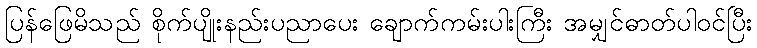
ပြန်ဖြေမိသည် စိုက်ပျိုးနည်းပညာပေး ချောက်ကမ်းပါးကြီး အမျှင်ဓာတ်ပါဝင်ပြီး